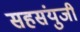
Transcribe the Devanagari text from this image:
सहसंयुजी